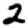
Digit: 2